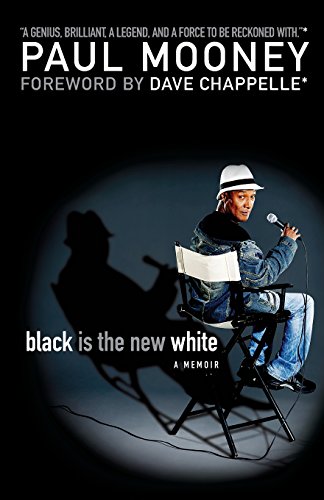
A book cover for Black Is the New White; Paul Mooney; Humor & Entertainment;